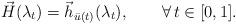
LaTeX: \begin{align*} \vec{H}(\lambda_t)=\vec{h}_{\bar u(t)}(\lambda_t),\qquad\forall\,t\in[0,1].\end{align*}